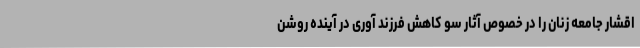
اقشار جامعه زنان را در خصوص آثار سو کاهش فرزند آوری در آینده روشن